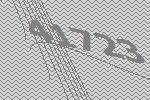
41723